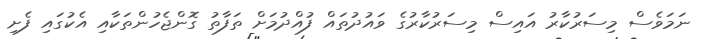
ނަމަވެސް މިސަރުކާރު އައިސް މިސަރުކާރުގެ ވައުދުތައް ފުއްދުމަށް ތަފާތު ގޮންޖެހުންތަކާއި އެކުގައި ފެށި